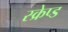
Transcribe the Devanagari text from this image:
स्क्रेप्ड